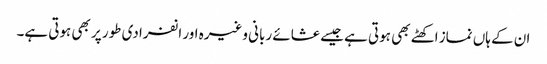
ان کے ہاں نماز اکھٹے بھی ہوتی ہے جیسے عشائے ربانی وغیرہ اور انفرادی طور پر بھی ہوتی ہے۔